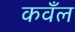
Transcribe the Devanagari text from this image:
कवँल